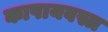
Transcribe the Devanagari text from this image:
काषायवस्त्र